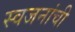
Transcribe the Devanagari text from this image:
स्वजनांची